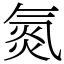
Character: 氮